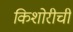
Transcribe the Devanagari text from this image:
किशोरीची